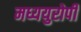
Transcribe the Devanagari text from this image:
मध्ययुरोपी